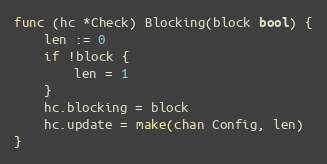
Language: Go
func (hc *Check) Blocking(block bool) {
	len := 0
	if !block {
		len = 1
	}
	hc.blocking = block
	hc.update = make(chan Config, len)
}